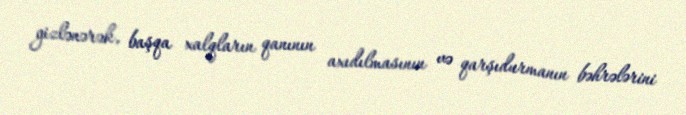
gizlənərək, başqa xalqların qanının axıdılmasının və qarşıdurmanın bəhrələrini